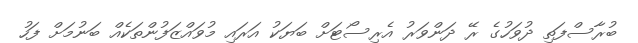
ބުރާސްފަތި ދުވަހުގެ ރޭ ދަންވަރު އެރިސޯޓަށް ބަޔަކު އަރައި މުވައްޒަފުންތަކެއް ބަނުމަށް ފަހު